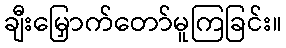
ချီးမြှောက်တော်မူကြခြင်း။